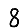
Digit: 8